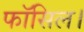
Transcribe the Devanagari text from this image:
फॉसिल।